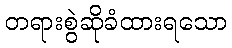
တရားစွဲဆိုခံထားရသော